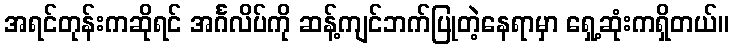
အရင်တုန်းကဆိုရင် အင်္ဂလိပ်ကို ဆန့်ကျင်ဘက်ပြုတဲ့နေရာမှာ ရှေ့ဆုံးကရှိတယ်။